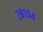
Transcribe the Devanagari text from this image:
२८१०४